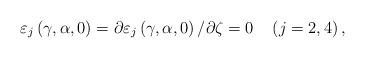
LaTeX: \begin{align*}\varepsilon_{j}\left( {\gamma,\alpha,0}\right) =\partial\varepsilon_{j}\left( {\gamma,\alpha,0}\right) /\partial\zeta=0\quad\left({j=2,4}\right) , \end{align*}